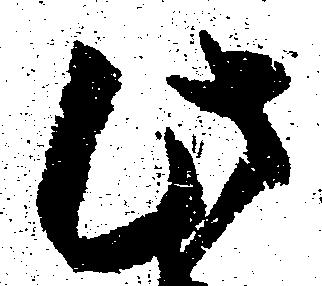
此